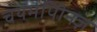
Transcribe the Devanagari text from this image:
चयमपीिनज़